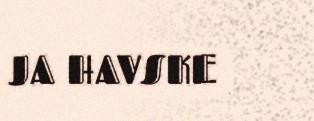
JA HAVSKE